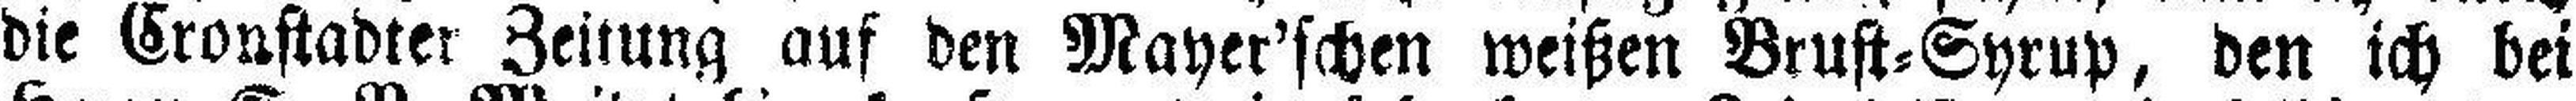
die Cronstadter Zeitung auf den Mayer'schen weißen Brust=Syrup, den ich bei